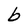
Character: b